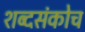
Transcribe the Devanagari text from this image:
शब्दसंकोच